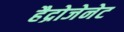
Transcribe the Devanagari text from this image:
हैद्रोजेनेट